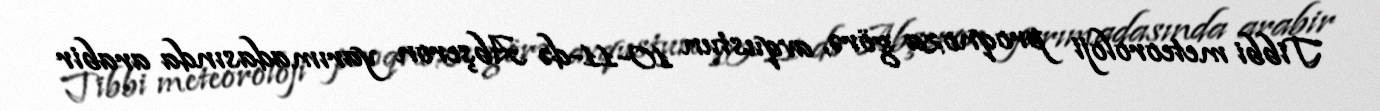
Tibbi meteoroloji proqnoza görə, avqustun 10-11-də Abşeron yarımadasında arabir